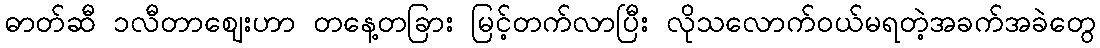
ဓာတ်ဆီ ၁လီတာဈေးဟာ တနေ့တခြား မြင့်တက်လာပြီး လိုသလောက်ဝယ်မရတဲ့အခက်အခဲတွေ